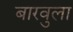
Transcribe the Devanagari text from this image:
बारवुला